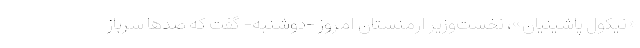
«نیکول پاشینیان»، نخست‌وزیر ارمنستان امروز -دوشنبه- گفت که صدها سرباز